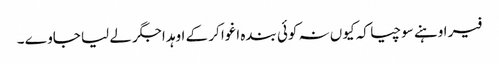
فیر اوہنے سوچیا کہ کیوں نہ کوئی بندہ اغوا کر کے اوہد اجگر لے لیا جاوے ۔